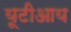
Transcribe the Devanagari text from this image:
यूटीआय